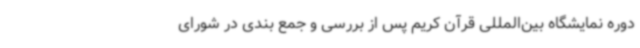
دوره نمایشگاه بین‌المللی قرآن کریم پس از بررسی و جمع بندی در شورای